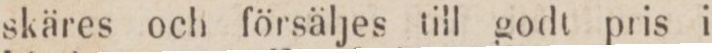
skäres och försäljes till godt pris i